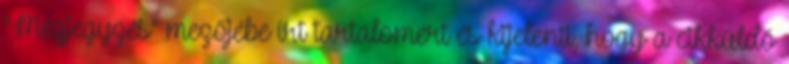
"Megjegyzés" mezőjébe írt tartalomért és kijelenti, hogy a cikküldő